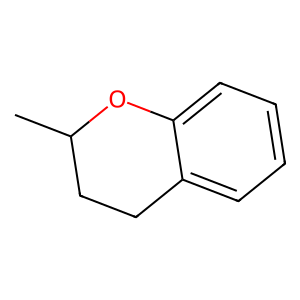
SMILES: CC1CCc2ccccc2O1
Inhibits HIV replication: No